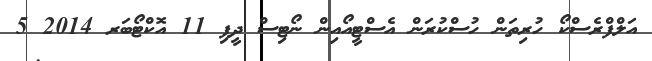
އަލްފްރެސްކޯ ހުރިތަން ހުސްކުރަން އެސްޓީއޯއިން ނޯޓިސް ދީފި 11 އޮކްޓޯބަރ 2014 5